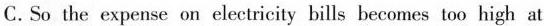
C. So the expense on electricity bills becomes too high at